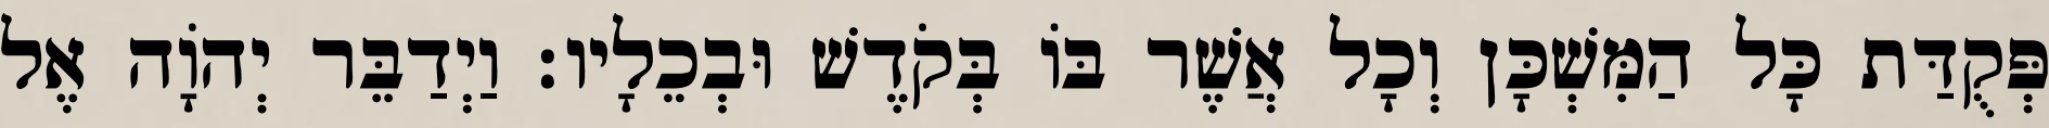
פְּקֻדַּת כָּל הַמִּשְׁכָּן וְכָל אֲשֶׁר בּוֹ בְּקֹדֶשׁ וּבְכֵלָיו׃ וַיְדַבֵּר יְהֹוָה אֶל